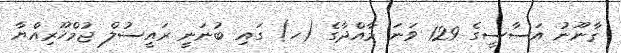
ޤާނޫނު އަސާސީގެ 129 ވަނަ މާއްދާގެ (ހ) ގައި ބުނަނީ ރައީސުލް ޖުމްހޫރިއްޔާ